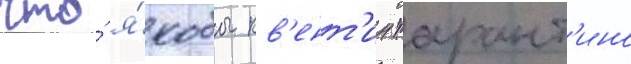
что́ я́кобы кв'ент'ин тарант'ино